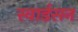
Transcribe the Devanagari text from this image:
स्वार्डसन